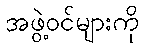
အဖွဲ့ဝင်များကို